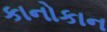
કાનોકાન